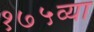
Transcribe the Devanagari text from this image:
१७५व्या